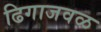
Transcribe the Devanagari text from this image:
ढिगाजवळ